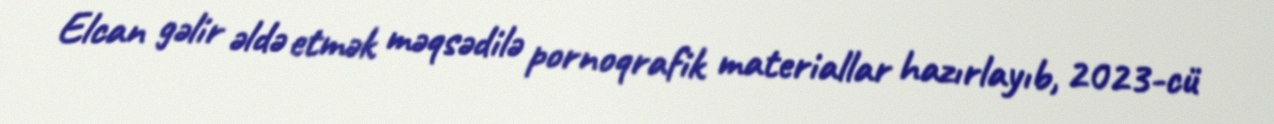
Elcan gəlir əldə etmək məqsədilə pornoqrafik materiallar hazırlayıb, 2023-cü